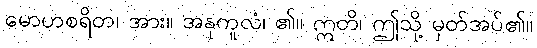
မောဟစရိတ၊ အား။ အနုကူလံ၊ ၏။ ဣတိ၊ ဤသို့ မှတ်အပ်၏။